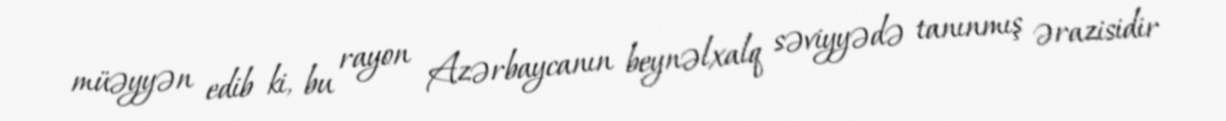
müəyyən edib ki, bu rayon Azərbaycanın beynəlxalq səviyyədə tanınmış ərazisidir